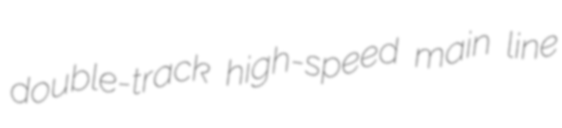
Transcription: double-track high-speed main line